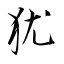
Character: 犹